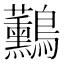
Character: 𪈧